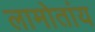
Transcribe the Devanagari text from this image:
लामोतांय